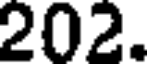
202.